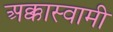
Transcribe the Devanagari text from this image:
अक्कास्वामी